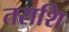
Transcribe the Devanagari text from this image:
तराशि